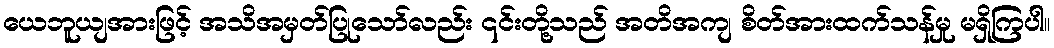
ယေဘူယျအားဖြင့် အသိအမှတ်ပြုသော်လည်း ၎င်းတို့သည် အတိအကျ စိတ်အားထက်သန်မှု မရှိကြပါ။